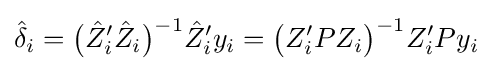
{\hat {\delta }}_{i}={\big (}{\hat {Z}}'_{i}{\hat {Z}}_{i}{\big )}^{-1}{\hat {Z}}'_{i}y_{i}={\big (}Z'_{i}PZ_{i}{\big )}^{-1}Z'_{i}Py_{i}